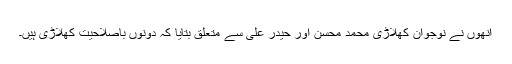
انھوں نے نوجوان کھلاڑی محمد محسن اور حیدر علی سے متعلق بتایا کہ دونوں باصلاحیت کھلاڑی ہیں۔